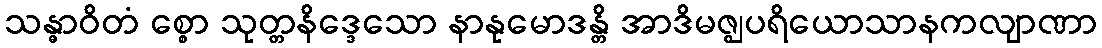
သန္ဓာဝိတံ စ္စော သုတ္တနိဒ္ဒေသော နာနုမောဒန္တိ အာဒိမဇ္ဈပရိယောသာနကလျာဏာ